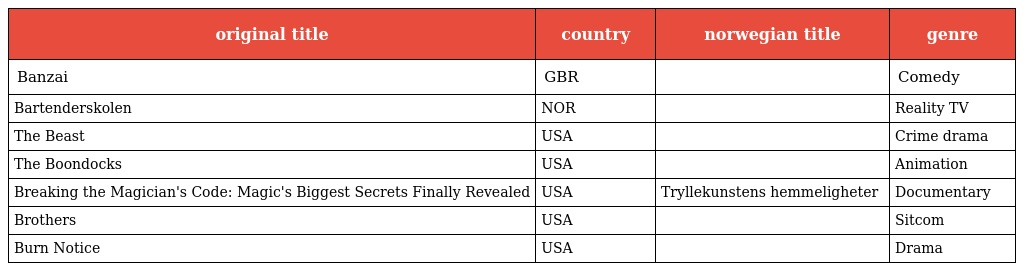
| original title | country | norwegian title | genre |
 | --- | --- | --- | --- |
 | Banzai | GBR |  | Comedy |
 | Bartenderskolen | NOR |  | Reality TV |
 | The Beast | USA |  | Crime drama |
 | The Boondocks | USA |  | Animation |
 | Breaking the Magician's Code: Magic's Biggest Secrets Finally Revealed | USA | Tryllekunstens hemmeligheter | Documentary |
 | Brothers | USA |  | Sitcom |
 | Burn Notice | USA |  | Drama |